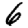
Digit: 6